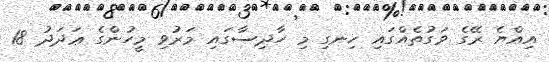
އިއްޔެ ރޭގެ ވަގުތެއްގައި ހިނގި މި ހާދިސާގައި މަރުވި މީހުންގެ ޢަދަދު 18